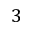
3